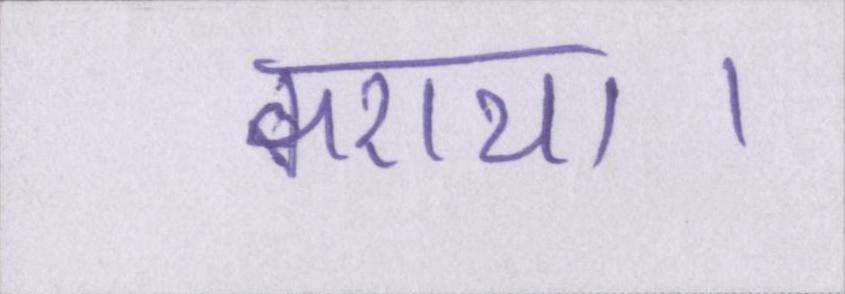
कराया।